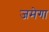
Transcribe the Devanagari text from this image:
जमेगा